Indian journal of veterinary science and animal husbandry - Volume 9,
Year: 1939
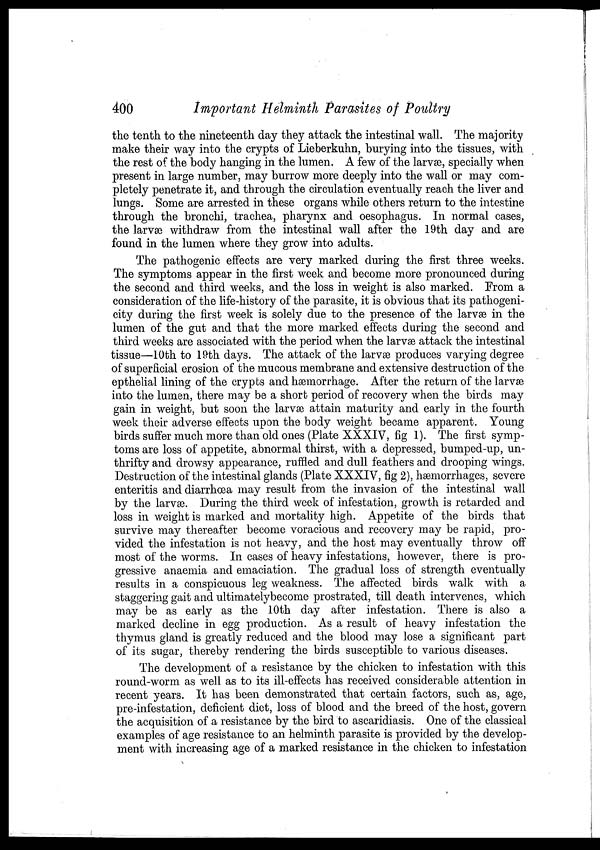
400
Important Helminth Parasites of Poultry
the tenth to the nineteenth day they attack the intestinal wall. The majority
make their way into the crypts of Lieberkuhn, burying into the tissues, with
the rest of the body hanging in the lumen. A few of the larvæ, specially when
present in large number, may burrow more deeply into the wall or may com-
pletely penetrate it, and through the circulation eventually reach the liver and
lungs. Some are arrested in these organs while others return to the intestine
through the bronchi, trachea, pharynx and oesophagus. In normal cases,
the larvæ withdraw from the intestinal wall after the 19th day and are
found in the lumen where they grow into adults.
The pathogenic effects are very marked during the first three weeks.
The symptoms appear in the first week and become more pronounced during
the second and third weeks, and the loss in weight is also marked. From a
consideration of the life-history of the parasite, it is obvious that its pathogeni-
city during the first week is solely due to the presence of the larvæ in the
lumen of the gut and that the more marked effects during the second and
third weeks are associated with the period when the larvæ attack the intestinal
tissue—10th to 19th days. The attack of the larvæ produces varying degree
of superficial erosion of the mucous membrane and extensive destruction of the
epthelial lining of the crypts and haemorrhage. After the return of the larvae
into the lumen, there may be a short period of recovery when the birds may
gain in weight, but soon the larvae attain maturity and early in the fourth
week their adverse effects upon the body weight became apparent. Young
birds suffer much more than old ones (Plate XXXIV, fig 1). The first symp-
toms are loss of appetite, abnormal thirst, with a depressed, bumped-up, un-
thrifty and drowsy appearance, ruffled and dull feathers and drooping wings.
Destruction of the intestinal glands (Plate XXXIV, fig 2), hæmorrhages, severe
enteritis and diarrhœa may result from the invasion of the intestinal wall
by the larvæ. During the third week of infestation, growth is retarded and
loss in weight is marked and mortality high. Appetite of the birds that
survive may thereafter become voracious and recovery may be rapid, pro-
vided the infestation is not heavy, and the host may eventually throw off
most of the worms. In cases of heavy infestations, however, there is pro-
gressive anaemia and emaciation. The gradual loss of strength eventually
results in a conspicuous leg weakness. The affected birds walk with a
staggering gait and ultimatelybecome prostrated, till death intervenes, which
may be as early as the 10th day after infestation. There is also a
marked decline in egg production. As a result of heavy infestation the
thymus gland is greatly reduced and the blood may lose a significant part
of its sugar, thereby rendering the birds susceptible to various diseases.
The development of a resistance by the chicken to infestation with this
round-worm as well as to its ill-effects has received considerable attention in
recent years. It has been demonstrated that certain factors, such as, age,
pre-infestation, deficient diet, loss of blood and the breed of the host, govern
the acquisition of a resistance by the bird to ascaridiasis. One of the classical
examples of age resistance to an helminth parasite is provided by the develop-
ment with increasing age of a marked resistance in the chicken to infestation